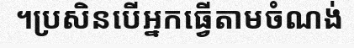
។ប្រសិនបើអ្នកធ្វើតាមចំណង់